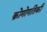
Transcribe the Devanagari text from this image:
क्रोमोगतिकी